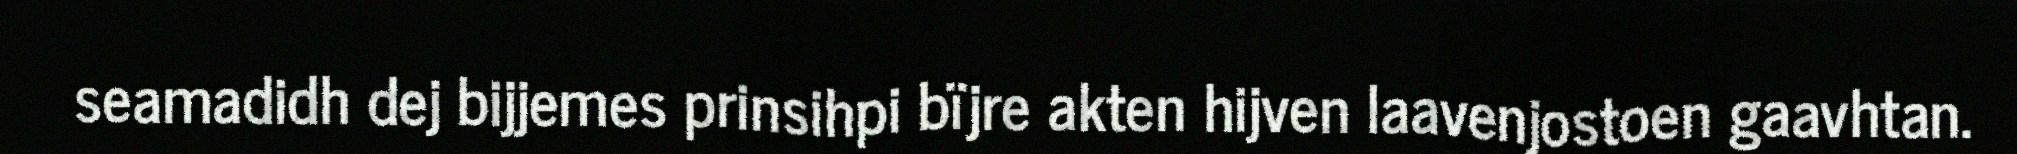
seamadidh dej bijjemes prinsihpi bïjre akten hijven laavenjostoen gaavhtan.